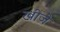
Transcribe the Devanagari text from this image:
खीजे